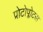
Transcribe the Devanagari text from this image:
प्रोटोप्लोटस